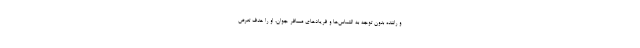
و راننده بدون توجه به التماس‌ها و فریادهای مسافر جوان، او را هدف تعرض